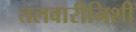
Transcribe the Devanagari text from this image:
तलवारीनिशी